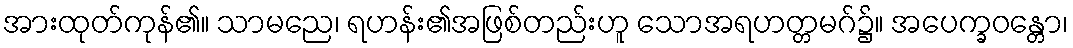
အားထုတ်ကုန်၏။ သာမညေ၊ ရဟန်း၏အဖြစ်တည်းဟူ သောအရဟတ္တမဂ်၌။ အပေက္ခဝန္တော၊